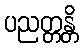
ပညတ္တန္တိ